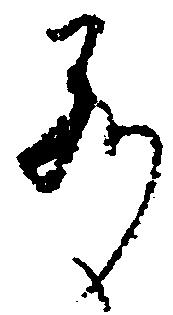
若